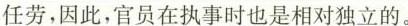
任劳，因此，官员在执事时也是相对独立的。